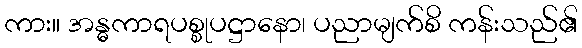
ကား။ အန္ဓကာရပစ္စုပဋ္ဌာနော၊ ပညာမျက်စိ ကန်းသည်၏